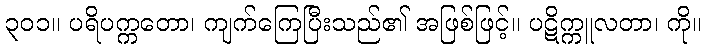
၃၀၁။ ပရိပက္ကတော၊ ကျက်ကြေပြီးသည်၏ အဖြစ်ဖြင့်။ ပဋိက္ကူလတာ၊ ကို။